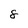
Character: 8